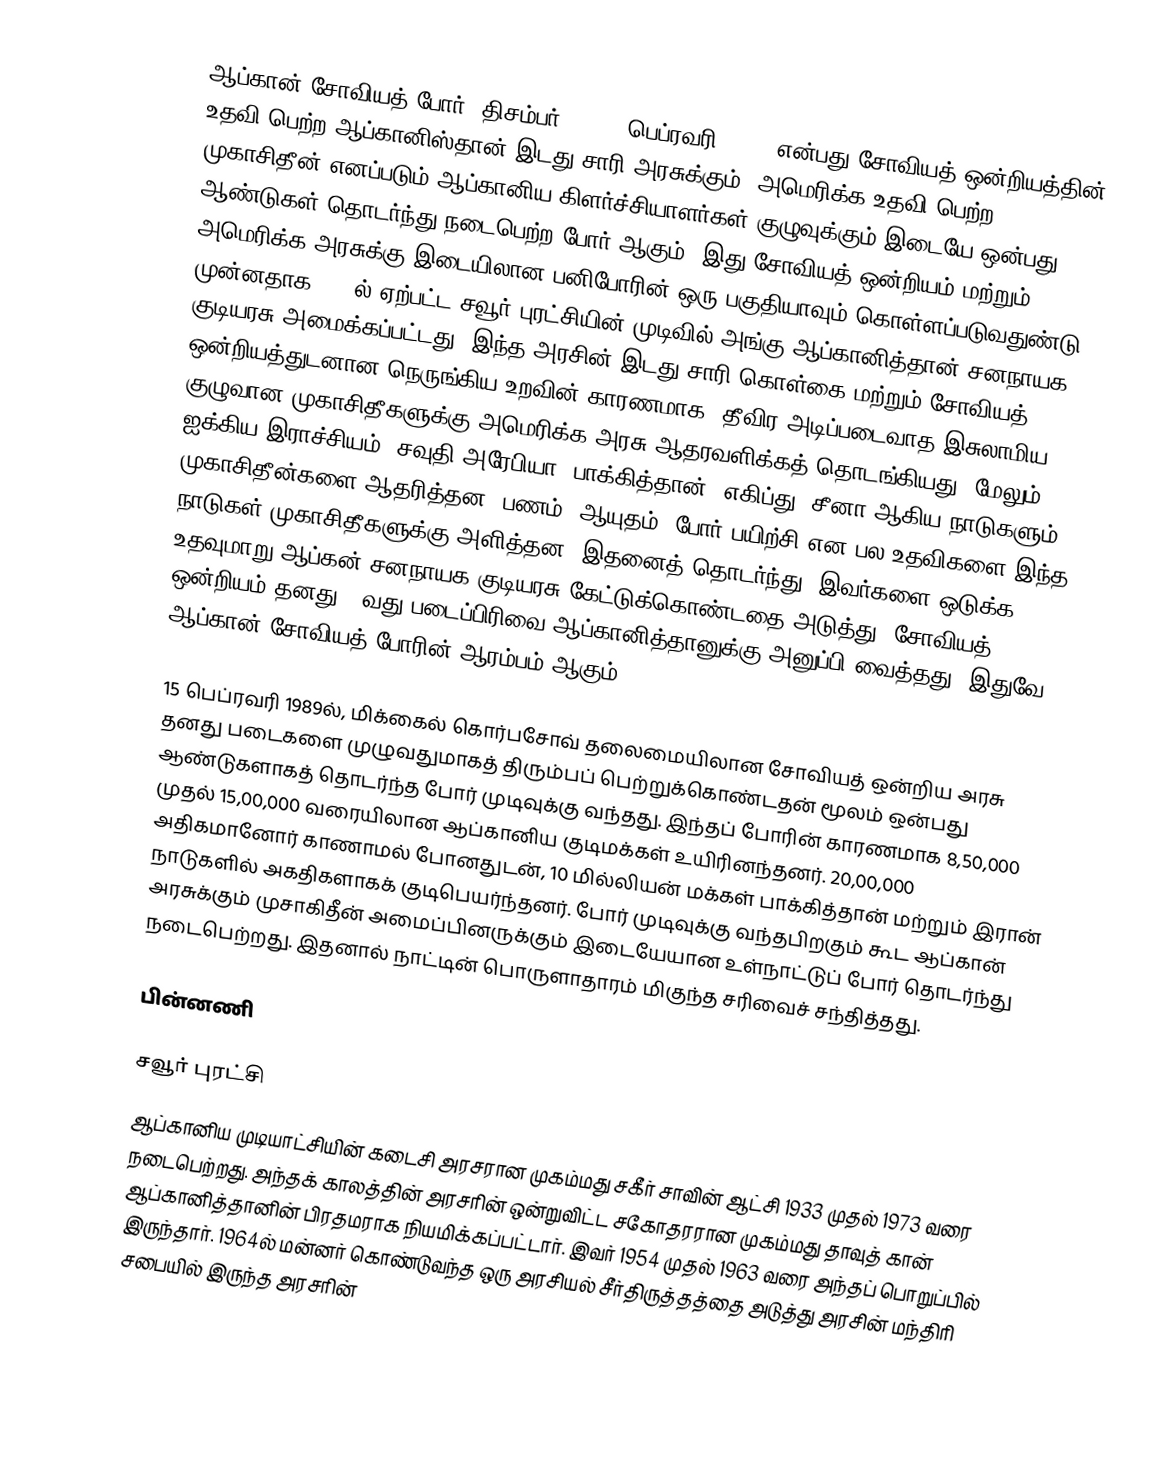
ஆப்கான் சோவியத் போர் (திசம்பர் 1979 - பெப்ரவரி 1989) என்பது சோவியத் ஒன்றியத்தின் உதவி பெற்ற ஆப்கானிஸ்தான் இடது சாரி அரசுக்கும், அமெரிக்க உதவி பெற்ற முகாசிதீன் எனப்படும் ஆப்கானிய கிளர்ச்சியாளர்கள் குழுவுக்கும் இடையே ஒன்பது ஆண்டுகள் தொடர்ந்து நடைபெற்ற போர் ஆகும். இது சோவியத் ஒன்றியம் மற்றும் அமெரிக்க அரசுக்கு இடையிலான பனிபோரின் ஒரு பகுதியாவும் கொள்ளப்படுவதுண்டு. முன்னதாக 1978ல் ஏற்பட்ட சவூர் புரட்சியின் முடிவில் அங்கு ஆப்கானித்தான் சனநாயக குடியரசு அமைக்கப்பட்டது. இந்த அரசின் இடது சாரி கொள்கை மற்றும் சோவியத் ஒன்றியத்துடனான நெருங்கிய உறவின் காரணமாக, தீவிர அடிப்படைவாத இசுலாமிய குழுவான முகாசிதீகளுக்கு அமெரிக்க அரசு ஆதரவளிக்கத் தொடங்கியது. மேலும் ஐக்கிய இராச்சியம், சவுதி அரேபியா, பாக்கித்தான், எகிப்து, சீனா ஆகிய நாடுகளும் முகாசிதீன்களை ஆதரித்தன. பணம், ஆயுதம், போர் பயிற்சி என பல உதவிகளை இந்த நாடுகள் முகாசிதீகளுக்கு அளித்தன. இதனைத் தொடர்ந்து, இவர்களை ஒடுக்க உதவுமாறு ஆப்கன் சனநாயக குடியரசு கேட்டுக்கொண்டதை அடுத்து, சோவியத் ஒன்றியம் தனது 40வது படைப்பிரிவை ஆப்கானித்தானுக்கு அனுப்பி வைத்தது. இதுவே ஆப்கான் சோவியத் போரின் ஆரம்பம் ஆகும்.

15 பெப்ரவரி 1989ல், மிக்கைல் கொர்பசோவ் தலைமையிலான சோவியத் ஒன்றிய அரசு தனது படைகளை முழுவதுமாகத் திரும்பப் பெற்றுக்கொண்டதன் மூலம் ஒன்பது ஆண்டுகளாகத் தொடர்ந்த போர் முடிவுக்கு வந்தது. இந்தப் போரின் காரணமாக 8,50,000 முதல் 15,00,000 வரையிலான ஆப்கானிய குடிமக்கள் உயிரினந்தனர். 20,00,000 அதிகமானோர் காணாமல் போனதுடன், 10 மில்லியன் மக்கள் பாக்கித்தான் மற்றும் இரான் நாடுகளில் அகதிகளாகக் குடிபெயர்ந்தனர்.  போர் முடிவுக்கு வந்தபிறகும் கூட ஆப்கான் அரசுக்கும் முசாகிதீன் அமைப்பினருக்கும் இடையேயான உள்நாட்டுப் போர் தொடர்ந்து நடைபெற்றது. இதனால் நாட்டின் பொருளாதாரம் மிகுந்த சரிவைச் சந்தித்தது.

பின்னணி

சவூர் புரட்சி
ஆப்கானிய முடியாட்சியின் கடைசி அரசரான முகம்மது சகீர் சாவின் ஆட்சி 1933 முதல் 1973 வரை நடைபெற்றது. அந்தக் காலத்தின் அரசரின் ஒன்றுவிட்ட சகோதரரான முகம்மது தாவுத் கான் ஆப்கானித்தானின் பிரதமராக நியமிக்கப்பட்டார். இவர் 1954 முதல் 1963 வரை அந்தப் பொறுப்பில் இருந்தார். 1964ல் மன்னர் கொண்டுவந்த ஒரு அரசியல் சீர்திருத்தத்தை அடுத்து அரசின் மந்திரி சபையில் இருந்த  அரசரின்